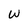
Character: W